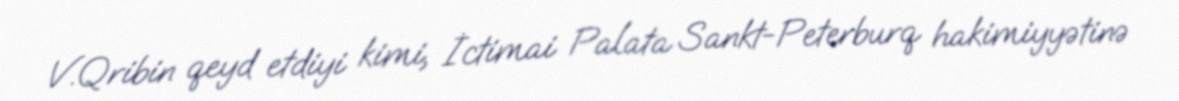
V.Qribin qeyd etdiyi kimi, İctimai Palata Sankt-Peterburq hakimiyyətinə